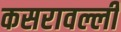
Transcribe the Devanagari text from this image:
कसरावल्ली